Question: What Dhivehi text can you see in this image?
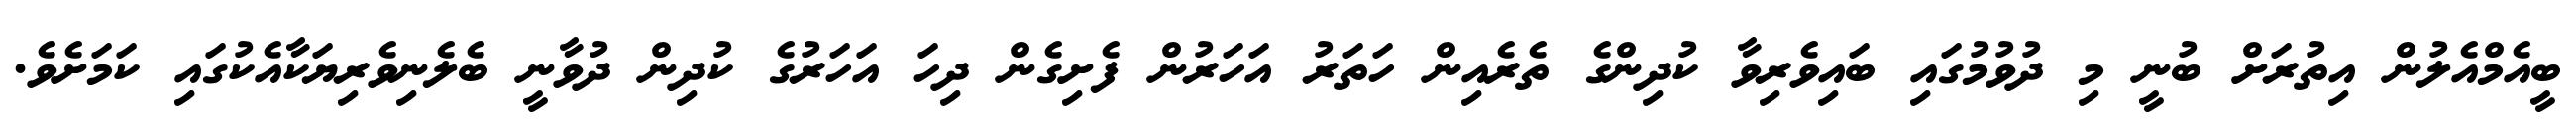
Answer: ބީއެމްއެލުން އިތުރަށް ބުނީ މި ދުވުމުގައި ބައިވެރިވާ ކުދިންގެ ތެރެއިން ހަތަރު އަހަރުން ފެށިގެން ދިހަ އަހަރުގެ ކުދިން ދުވާނީ ބެލެނިވެރިޔަކާއެކުގައި ކަމަށެވެ.